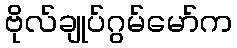
ဗိုလ်ချုပ်ဂွမ်မော်က